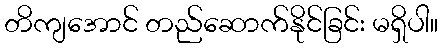
တိကျအောင် တည်ဆောက်နိုင်ခြင်း မရှိပါ။